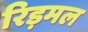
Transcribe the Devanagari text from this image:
रिड़मल